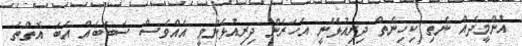
އުންމީދެއް ނެތި ކިހިނެތް ދިރިއުޅޭނީ އަހަރެން ދިރިއުޅެންވީ އެއްވެސް ސަބަބެއް އެބަ އޮތްތަ